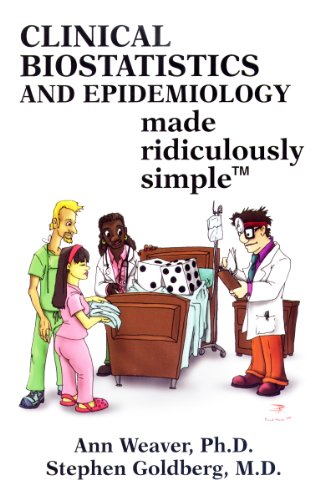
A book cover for Clinical Biostatistics and Epidemiology Made Ridiculously Simple; Ann Weaver; Medical Books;